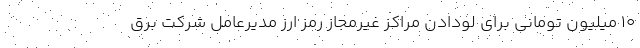
۱۰ میلیون تومانی برای لودادن مراکز غیرمجاز رمز ارز مدیرعامل شرکت برق